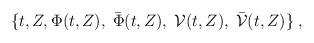
LaTeX: \begin{align*}\{ t, Z , \Phi (t,Z),\; \bar{\Phi} (t,Z),\;{\cal V} (t,Z),\;\bar{{\cal V}} (t,Z) \}\;,\end{align*}